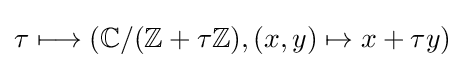
\tau \longmapsto (\mathbb {C} /(\mathbb {Z} +\tau \mathbb {Z} ),(x,y)\mapsto x+\tau y)